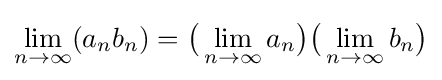
\lim _{n\to \infty }(a_{n}b_{n})={\bigl (}\lim _{n\to \infty }a_{n}{\bigr )}{\bigl (}\lim _{n\to \infty }b_{n}{\bigr )}